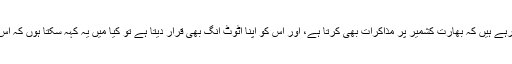
ہمیں گزشتہ 70سالوں سے یہ ڈرامہ دیکھتے رہے ہیں کہ بھارت کشمیر پر مذاکرات بھی کرتا ہے، اور اس کو اپنا اٹوٹ انگ بھی قرار دیتا ہے تو کیا میں یہ کہہ سکتا ہوں کہ اس کو منافقت کے کس درجے میں رکھا جائے؟